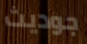
جوديث